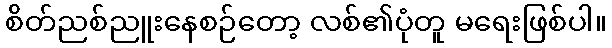
စိတ်ညစ်ညူးနေစဉ်တော့ လစ်၏ပုံတူ မရေးဖြစ်ပါ။